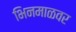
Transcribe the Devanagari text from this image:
भिनमाळवर